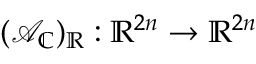
( \mathcal { A } _ { \mathbb { C } } ) _ { \mathbb { R } } : \mathbb { R } ^ { 2 n } \to \mathbb { R } ^ { 2 n }